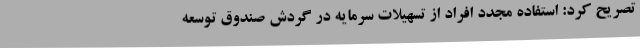
تصریح کرد: استفاده مجدد افراد از تسهیلات سرمایه در گردش صندوق توسعه